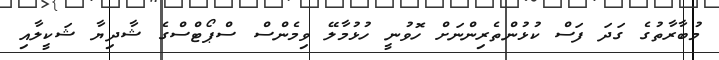
މުބާރާތުގެ ގަދަ ފަސް ކުޅުންތެރިންނަށް ހޮވުނީ ހުޅުމާލޭ ވިމެންސް ސްޕޯޓްސްގެ ޝާދިޔާ ޝަކީލާއި